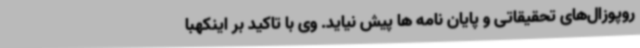
روپوزال‌های تحقیقاتی و پایان نامه ها پیش نیاید. وی با تاکید بر اینکهبا